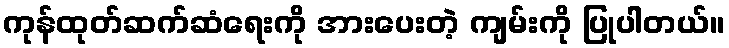
ကုန်ထုတ်ဆက်ဆံရေးကို အားပေးတဲ့ ကျမ်းကို ပြုပါတယ်။